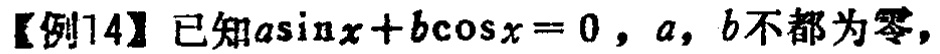
【例14】已知\(a\sin x + b\cos x = 0\)，\(a\)，\(b\)不都为零，